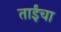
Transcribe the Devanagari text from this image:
ताईंचा